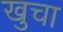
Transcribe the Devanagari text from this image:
खुचा